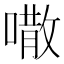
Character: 𠾎